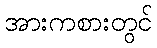
အားကစားတွင်